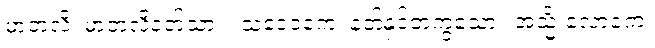
မာတလိ၊ မာတလိနတ်သား။ သဒေဝကေ၊ နတ်နှင့်တကွသော။ အသ္မိံ လောကေ၊